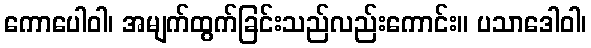
ကောပေါဝါ၊ အမျက်ထွက်ခြင်းသည်လည်းကောင်း။ ပသာဒေါဝါ၊